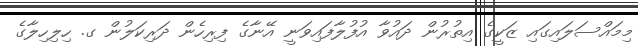
މިމައްސަލައިގައި ޒަކީގެ އިތުރުން ދައުވާ އުފުލާފައިވަނީ އޭނާގެ ފިރިހެން ދަރިކަލުން ގ. ހިލިހިލާގެ